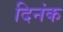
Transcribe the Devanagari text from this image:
दिनंक